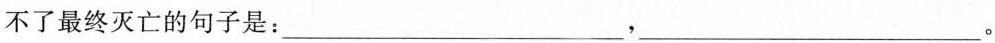
不了最终灭亡的句子是：___，___。